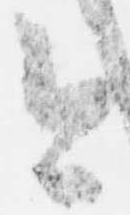
今